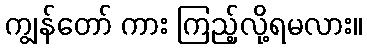
ကျွန်တော် ကား ကြည့်လို့ရမလား။